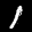
Label: 1